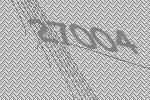
27004